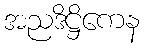
အညဒိဋ္ဌိကေန